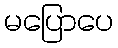
မပြောပေ